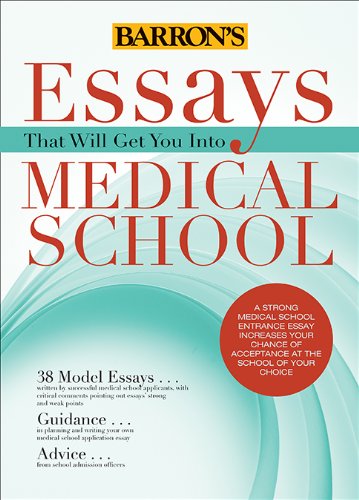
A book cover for Essays That Will Get You into Medical School (Essays That Will Get You Into... Series); Chris Dowhan; Test Preparation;